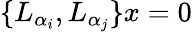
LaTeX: \{ L_{\alpha_{i}},L_{\alpha_{j}}\} x=0